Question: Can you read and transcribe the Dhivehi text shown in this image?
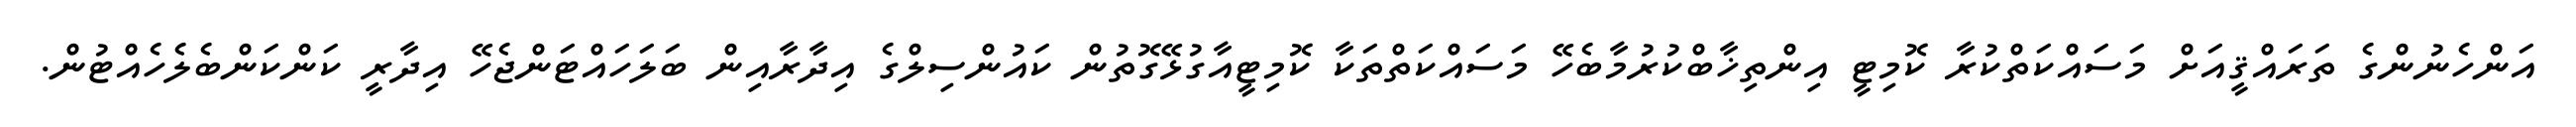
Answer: އަންހެނުންގެ ތަރައްޤީއަށް މަސައްކަތްކުރާ ކޮމިޓީ އިންތިޚާބްކުރުމާބެހޭ މަސައްކަތްތަކާ ކޮމިޓީއާގުޅޭގޮތުން ކައުންސިލްގެ އިދާރާއިން ބަލަހައްޓަންޖެހޭ އިދާރީ ކަންކަންބެލެހެއްޓުން.